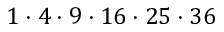
1 \cdot 4 \cdot 9 \cdot 1 6 \cdot 2 5 \cdot 3 6